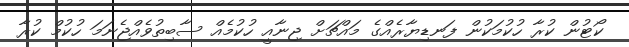
ކޯޓުން ކުރާ ހުކުމަކުން ފަނޑިޔާރެއްގެ މައްޗަށް ޖިނާއީ ހުކުމެއް ސާބިތުވެއްޖެނަމަ ހުކުމް ކުރާ